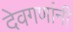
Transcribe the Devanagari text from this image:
देवगणांनी